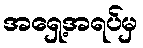
အရှေ့အရပ်မှ